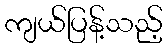
ကျယ်ပြန့်သည့်